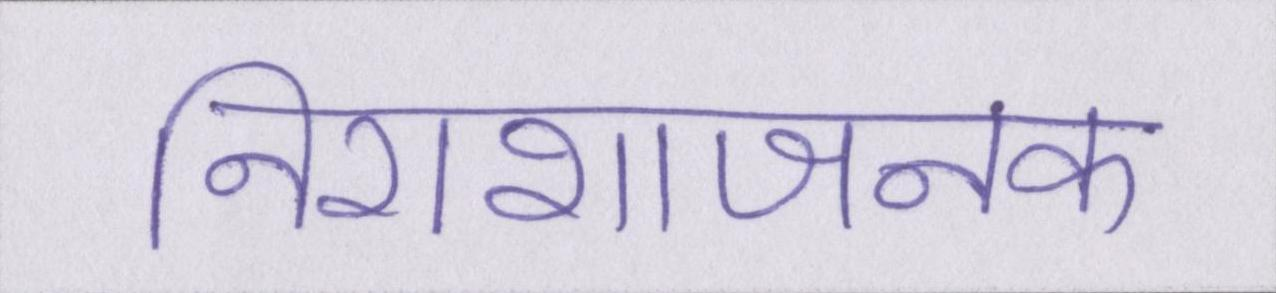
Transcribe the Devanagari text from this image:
निराशाजनक